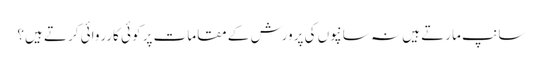
سانپ مارتے ہیں نہ سانپوں کی پرورش کے مقامات پر کوئی کارروائی کرتے ہیں؟